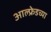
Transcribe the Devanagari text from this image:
आल्फ्रेडच्या